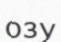
озу